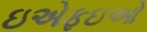
ઇએફઇઓ